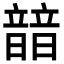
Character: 䪭